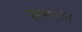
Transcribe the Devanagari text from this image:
सम्‍भल